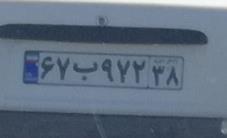
۶۷ب۹۷۲۳۸